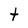
Character: t